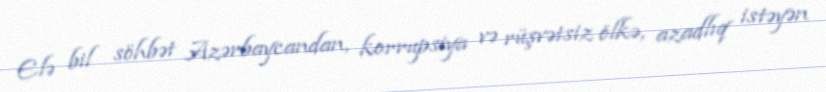
Elə bil söhbət Azərbaycandan, korrupsiya və rüşvətsiz ölkə, azadlıq istəyən